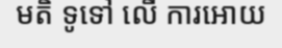
មតិ ទូទៅ លើ ការអោយ